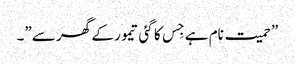
”حمیت نام ہے جِس کا گئی تیمور کے گھر سے”۔